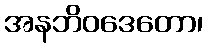
အနဘိဝဒေတော၊